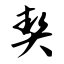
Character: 契